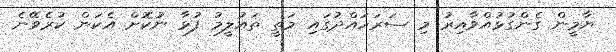
ޔާމީން ގެންގުޅުއްވާއިރު މި ސަރަހައްދުގައި މަތީ ތައުލީމު ފުޅާ ނުކޮށް އެކަން ކުރެވޭނެ